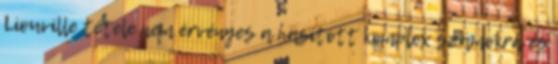
Liouville tétele nem érvényes a hasított komplex számokra és